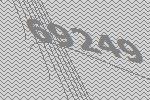
69249